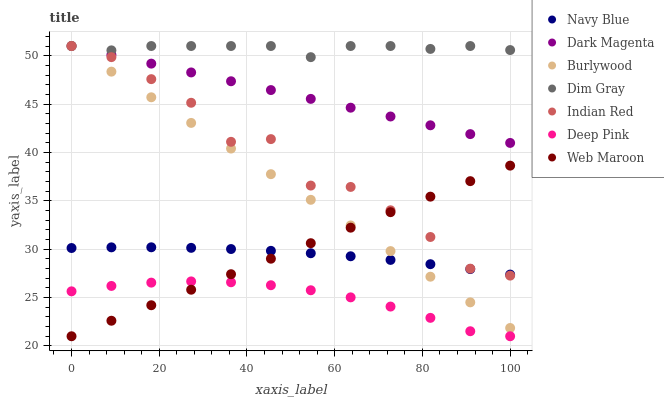
| xaxis_label | Navy Blue | Dark Magenta | Burlywood | Dim Gray | Indian Red | Deep Pink | Web Maroon |
 | --- | --- | --- | --- | --- | --- | --- | --- |
 | 0 | 30.1 | 51 | 51 | 51 | 51 | 25.6 | 21 |
 | 9.09 | 30.2 | 50.1 | 48.4 | 50.6 | 49.8 | 26.2 | 22.6 |
 | 18.2 | 30.2 | 49.2 | 45.7 | 51 | 47.6 | 26.5 | 24.2 |
 | 27.3 | 30.1 | 48.3 | 43.1 | 51 | 45.1 | 26.7 | 25.8 |
 | 36.4 | 30 | 47.4 | 40.4 | 51 | 41.1 | 26.6 | 27.4 |
 | 45.5 | 29.8 | 46.4 | 37.8 | 51 | 41.4 | 26.3 | 29 |
 | 54.5 | 29.6 | 45.5 | 35.1 | 49.8 | 36.6 | 25.8 | 30.6 |
 | 63.6 | 29.3 | 44.6 | 32.5 | 51 | 36.4 | 25 | 32.2 |
 | 72.7 | 28.9 | 43.7 | 29.8 | 51 | 34 | 24.1 | 33.8 |
 | 81.8 | 28.4 | 42.8 | 27.2 | 50.7 | 31.3 | 22.9 | 35.4 |
 | 90.9 | 27.9 | 41.9 | 24.5 | 51 | 28 | 21.5 | 37 |
 | 100 | 27.4 | 41 | 21.9 | 50.6 | 27.3 | 21 | 38.6 |